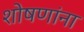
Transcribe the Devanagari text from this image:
शोषणांना